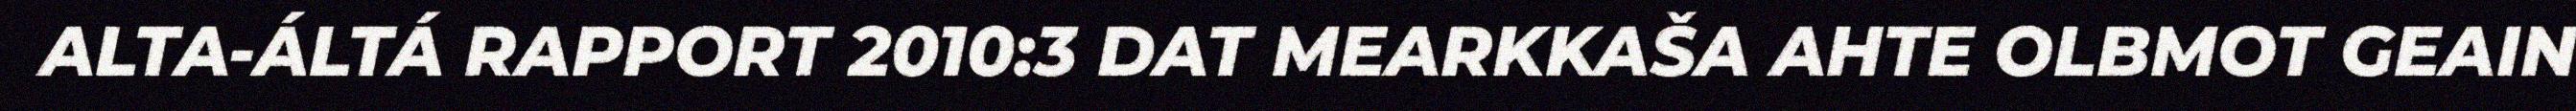
ALTA-ÁLTÁ RAPPORT 2010:3 DAT MEARKKAŠA AHTE OLBMOT GEAIN